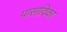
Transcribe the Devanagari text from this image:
पासादिका